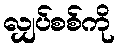
လျှပ်စစ်ကို